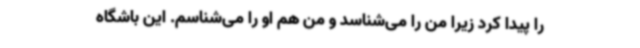
را پیدا کرد زیرا من را می‌شناسد و من هم او را می‌شناسم. این باشگاه